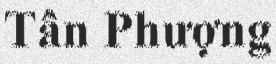
Tân Phượng